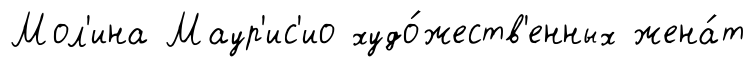
Мол'ина Маур'ис'ио худо́жеств'енных жена́т